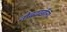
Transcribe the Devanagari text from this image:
नौबदखाँला